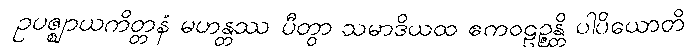
ဥပဇ္ဈာယကိတ္တနံ မဟန္တဿ ပီတွာ သမာဒိယထ ဧကဝဠဉ္ဇန္တိ ပါပိယောတိ